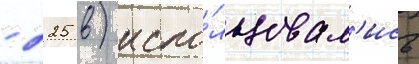
- 225 в) испо́льзовал'ись